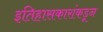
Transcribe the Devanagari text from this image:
इतिहासकारांकडून